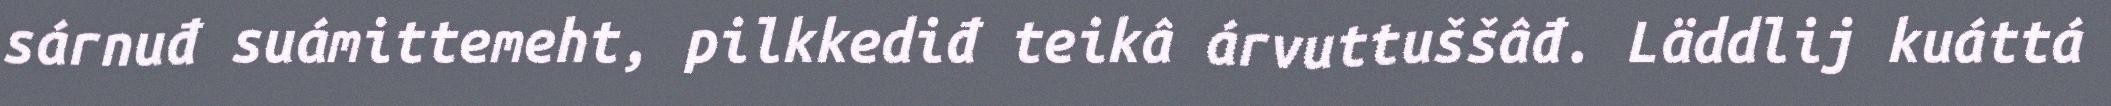
sárnuđ suámittemeht, pilkkediđ teikâ árvuttuššâđ. Läddlij kuáttá